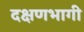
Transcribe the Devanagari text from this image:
दक्षणभागी